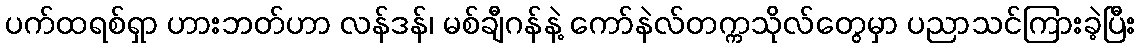
ပက်ထရစ်ရှာ ဟားဘတ်ဟာ လန်ဒန်၊ မစ်ချီဂန်နဲ့ ကော်နဲလ်တက္ကသိုလ်တွေမှာ ပညာသင်ကြားခဲ့ပြီး